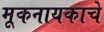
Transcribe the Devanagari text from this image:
मूकनायकाचे